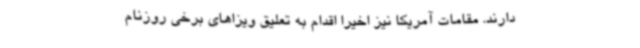
دارند. مقامات آمریکا نیز اخیرا اقدام به تعلیق ویزاهای برخی روزنام